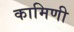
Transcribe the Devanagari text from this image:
कामिणी